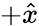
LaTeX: +\hat{x}